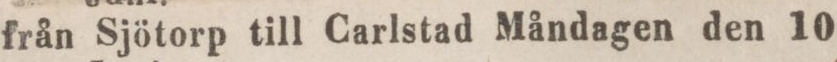
från Sjötorp till Carlstad Måndagen den 10